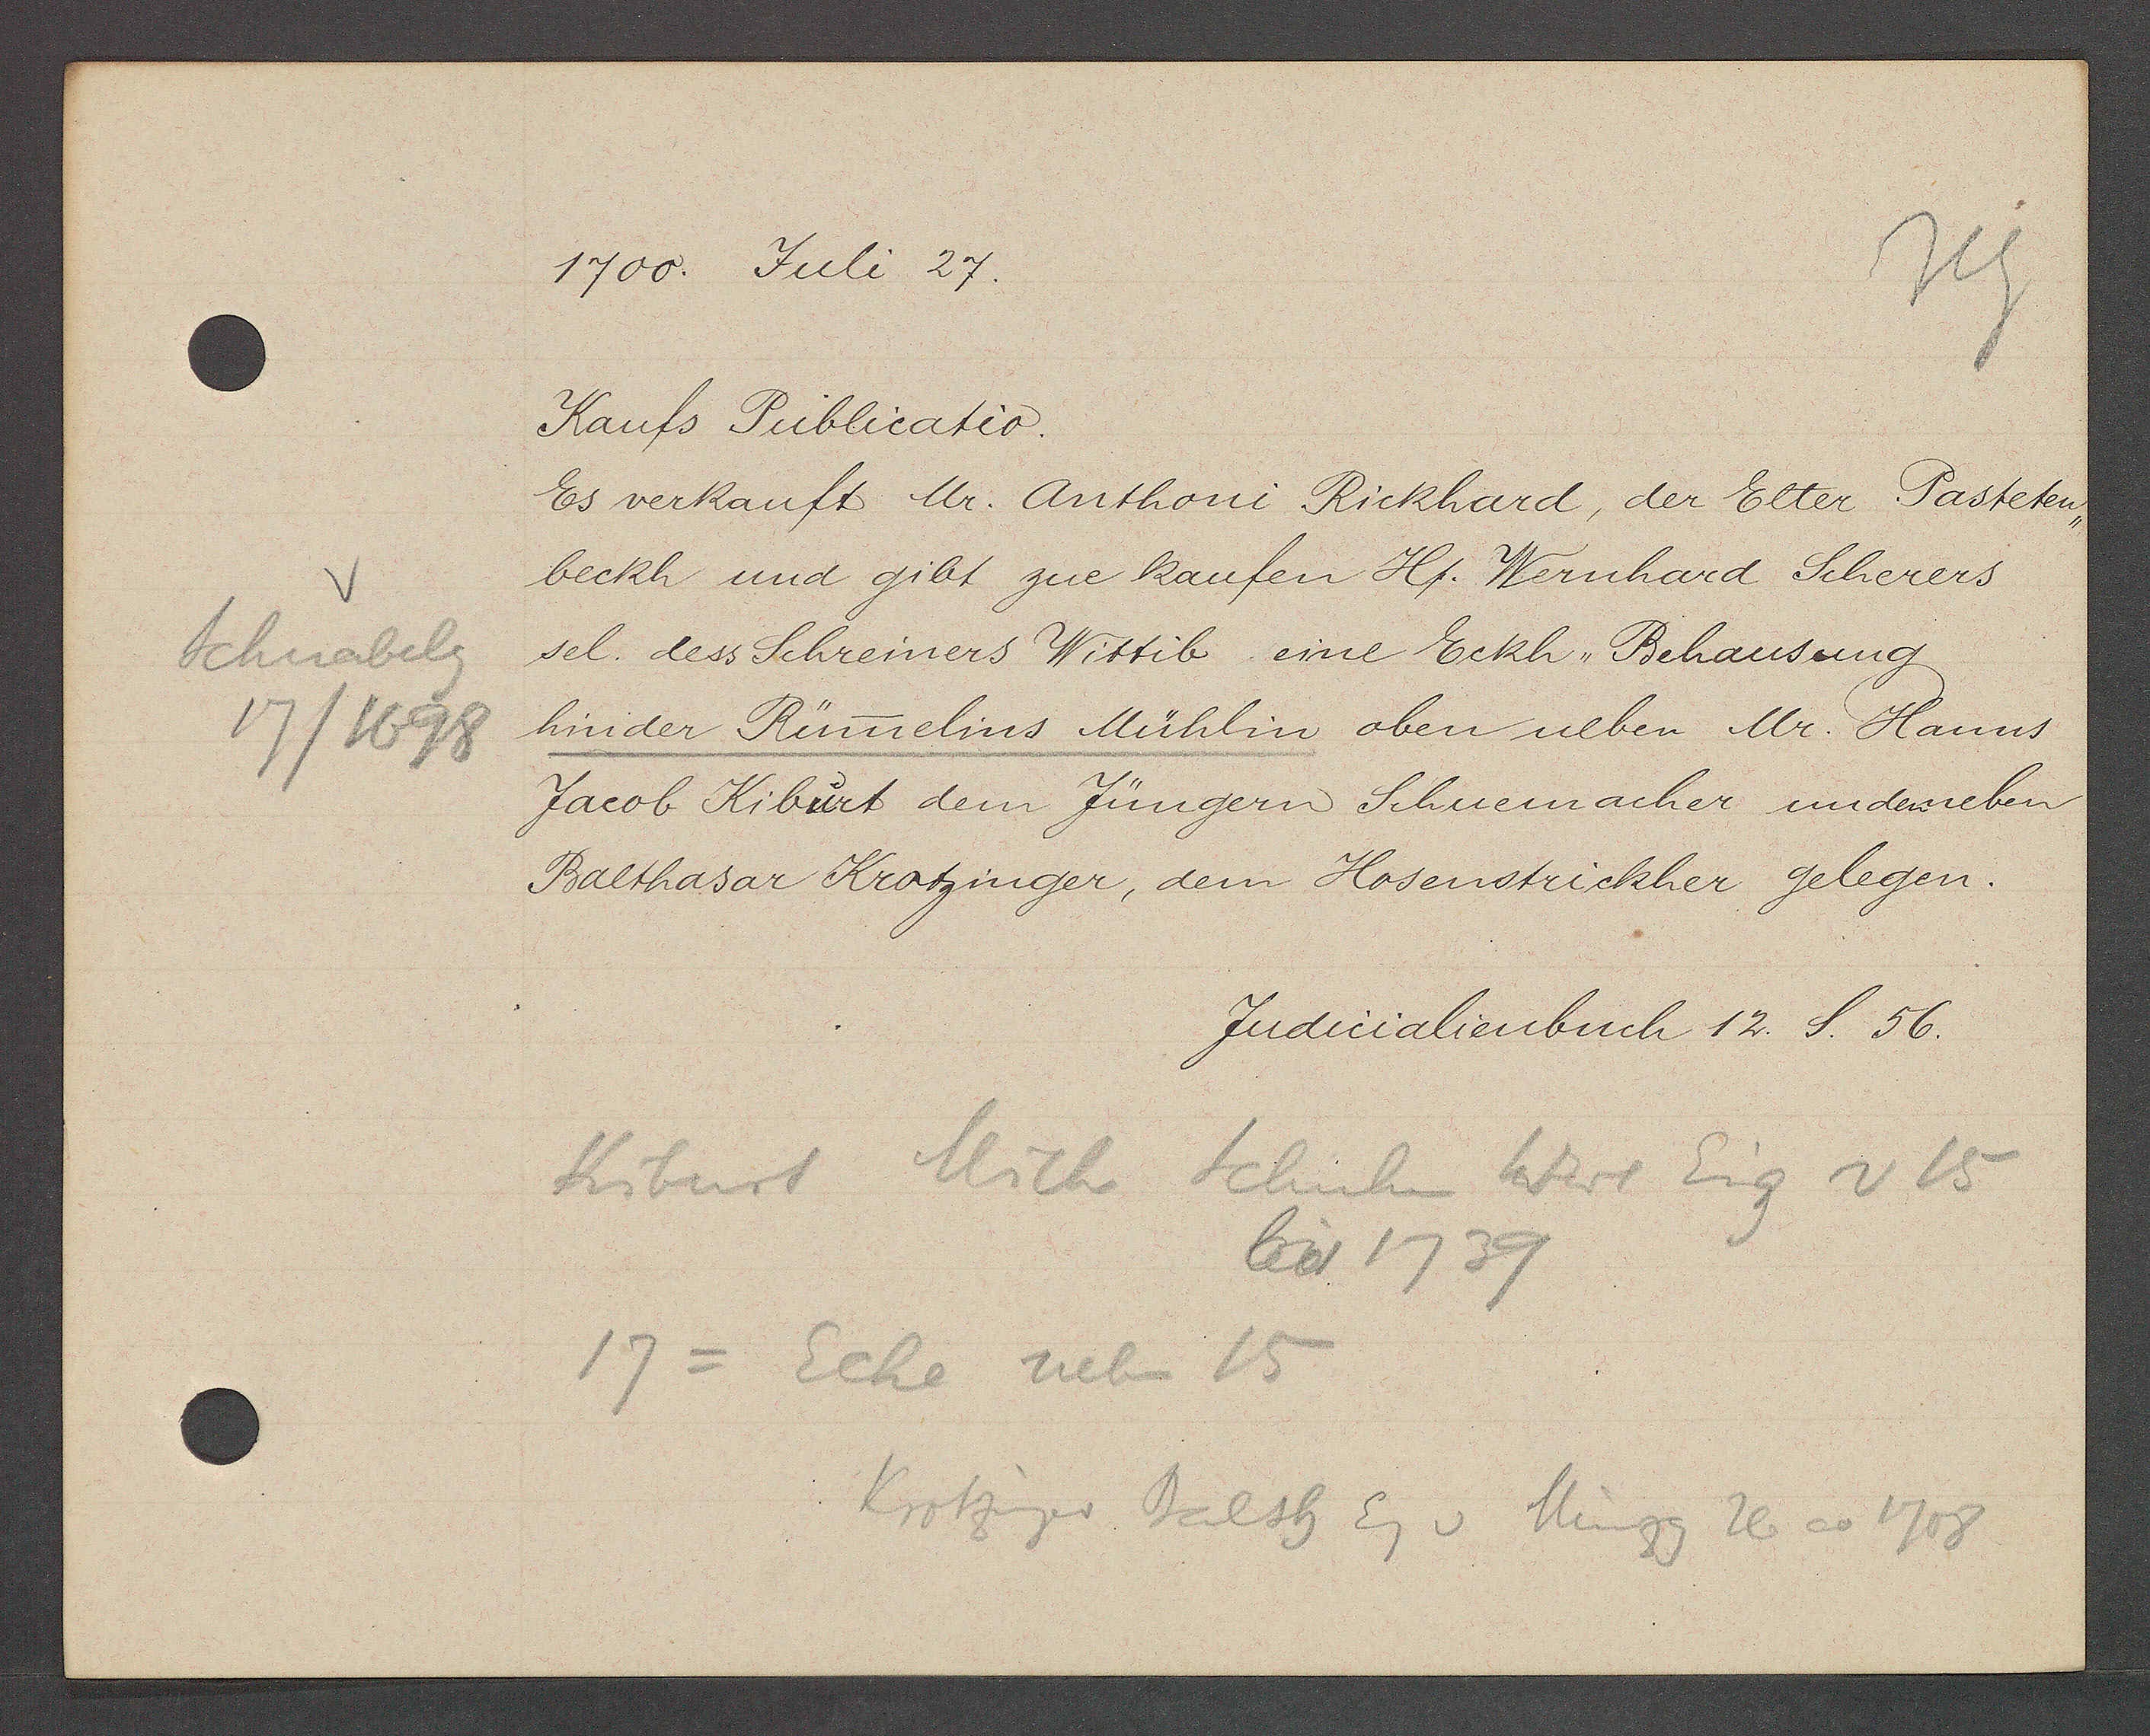
Transcript:
Schnabelg
17/1698

1700. Juli 27.

Kaufs Publicatio.
Es verkauft Mr. Anthoni Rickhard, der Elter Pasteten¬
beckh und gibt zue kaufen Hr. Wernhard Scherers
sel. dess Schreiners Wittib eine Eckh Behausung
hinder Rünnelins Mühlin oben neben Mr. Hanns
Jacob Kiburt dem Jüngern Schuemacher unden neben
Balthasar Krotzinger, dem Hosenstrickher gelegen.

Judicalienbuch 12. S. 56.

Kiburt Mich Schuhm Wwe Eig v 15
bis 1739
17 = Ecke neben 15
Krotziger Balsh Eg v Münzg 26 ao 1708